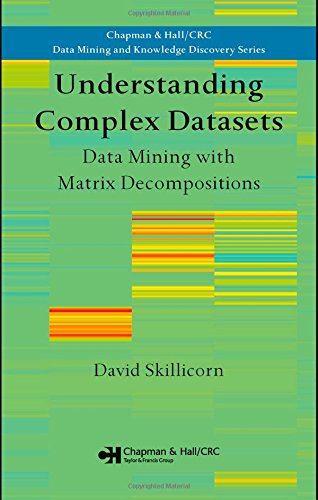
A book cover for Understanding Complex Datasets: Data Mining with Matrix Decompositions (Chapman & Hall/CRC Data Mining and Knowledge Discovery Series); David Skillicorn; Science & Math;